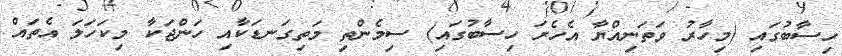
ހިސާބުގައި (މިހާރު ވަތަނިއްޔާ އެހެރަ ހިސާބުގައި) ސިމެންތި މަތިގަނޑަކާއި ހަންޖަކާ މިކަހަލަ އެތައް